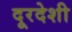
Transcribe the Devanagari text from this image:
दूरदेशी